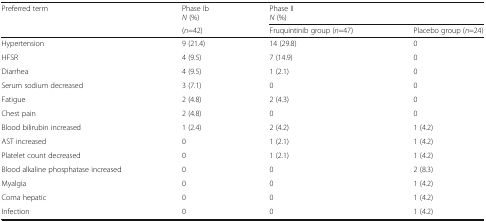
<table><thead><tr><td><b>Preferred term</b></td><td><b>Phase Ib <i>N</i> (%)</b></td><td colspan="2"><b>Phase II <i>N</i> (%)</b></td></tr><tr><td></td><td><b>(<i>n</i>=42)</b></td><td><b>Fruquintinib group (<i>n</i>=47)</b></td><td><b>Placebo group (<i>n</i>=24)</b></td></tr></thead><tbody><tr><td>Hypertension</td><td>9 (21.4)</td><td>14 (29.8)</td><td>0</td></tr><tr><td>HFSR</td><td>4 (9.5)</td><td>7 (14.9)</td><td>0</td></tr><tr><td>Diarrhea</td><td>4 (9.5)</td><td>1 (2.1)</td><td>0</td></tr><tr><td>Serum sodium decreased</td><td>3 (7.1)</td><td>0</td><td>0</td></tr><tr><td>Fatigue</td><td>2 (4.8)</td><td>2 (4.3)</td><td>0</td></tr><tr><td>Chest pain</td><td>2 (4.8)</td><td>0</td><td>0</td></tr><tr><td>Blood bilirubin increased</td><td>1 (2.4)</td><td>2 (4.2)</td><td>1 (4.2)</td></tr><tr><td>AST increased</td><td>0</td><td>1 (2.1)</td><td>1 (4.2)</td></tr><tr><td>Platelet count decreased</td><td>0</td><td>1 (2.1)</td><td>1 (4.2)</td></tr><tr><td>Blood alkaline phosphatase increased</td><td>0</td><td>0</td><td>2 (8.3)</td></tr><tr><td>Myalgia</td><td>0</td><td>0</td><td>1 (4.2)</td></tr><tr><td>Coma hepatic</td><td>0</td><td>0</td><td>1 (4.2)</td></tr><tr><td>Infection</td><td>0</td><td>0</td><td>1 (4.2)</td></tr></tbody></table>